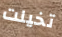
تخيلت